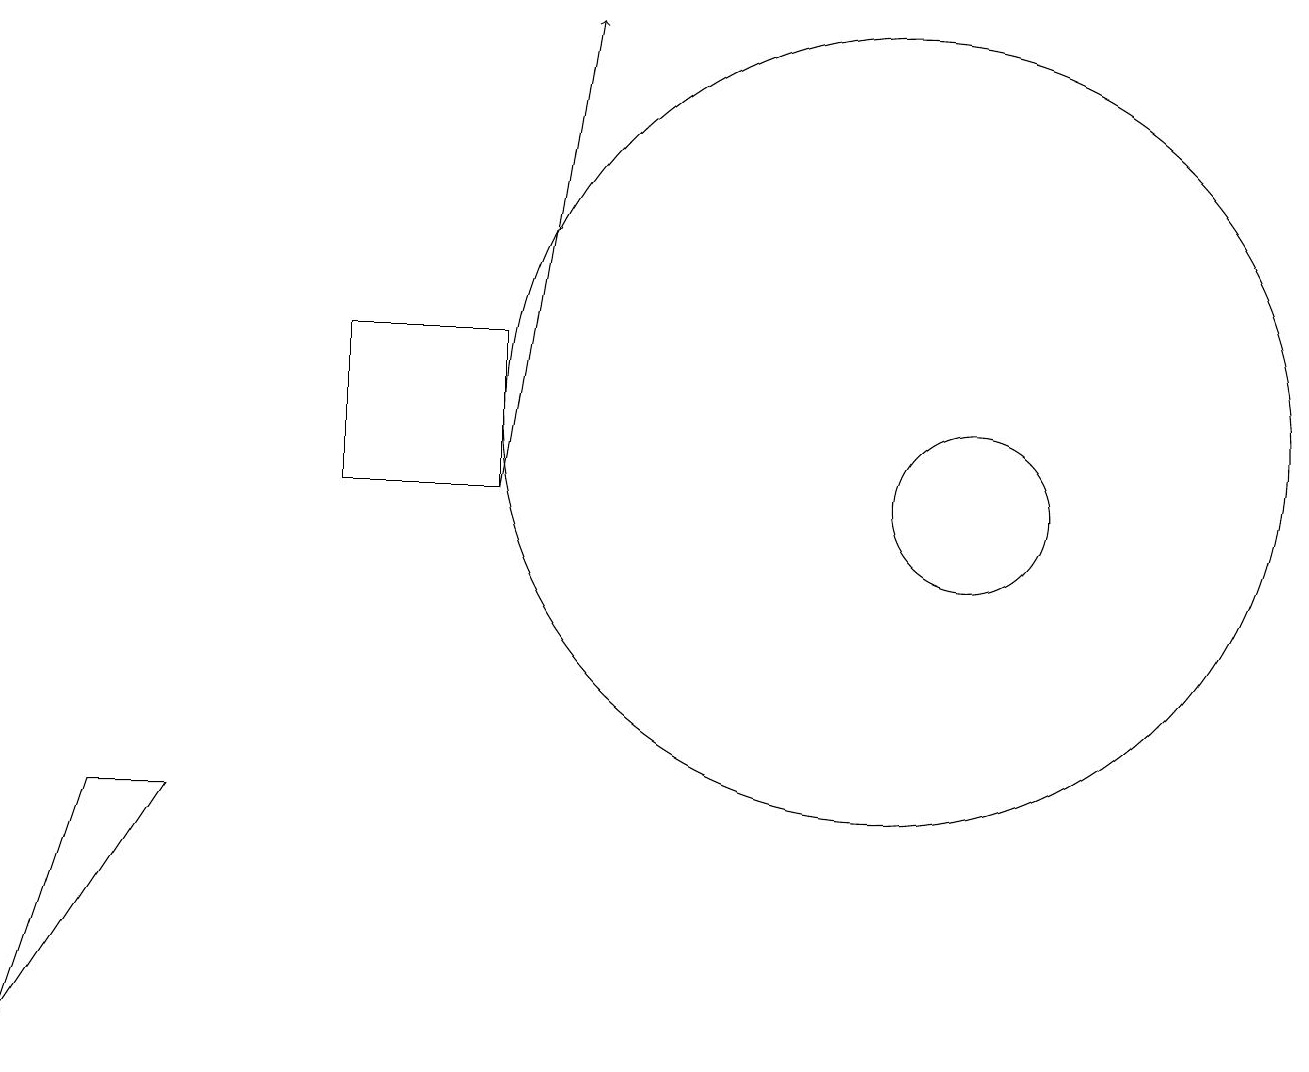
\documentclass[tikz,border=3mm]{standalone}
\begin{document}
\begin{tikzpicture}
\draw (6,10) rectangle (4,12);
\draw (12,10) circle (1);
\draw[->] (6,10) -- (7,16);
\draw (11,11) circle (5);
\draw (1,6) -- (2,6) -- (0,3) -- cycle;
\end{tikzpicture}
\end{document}